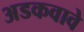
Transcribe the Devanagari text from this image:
अडकवावे